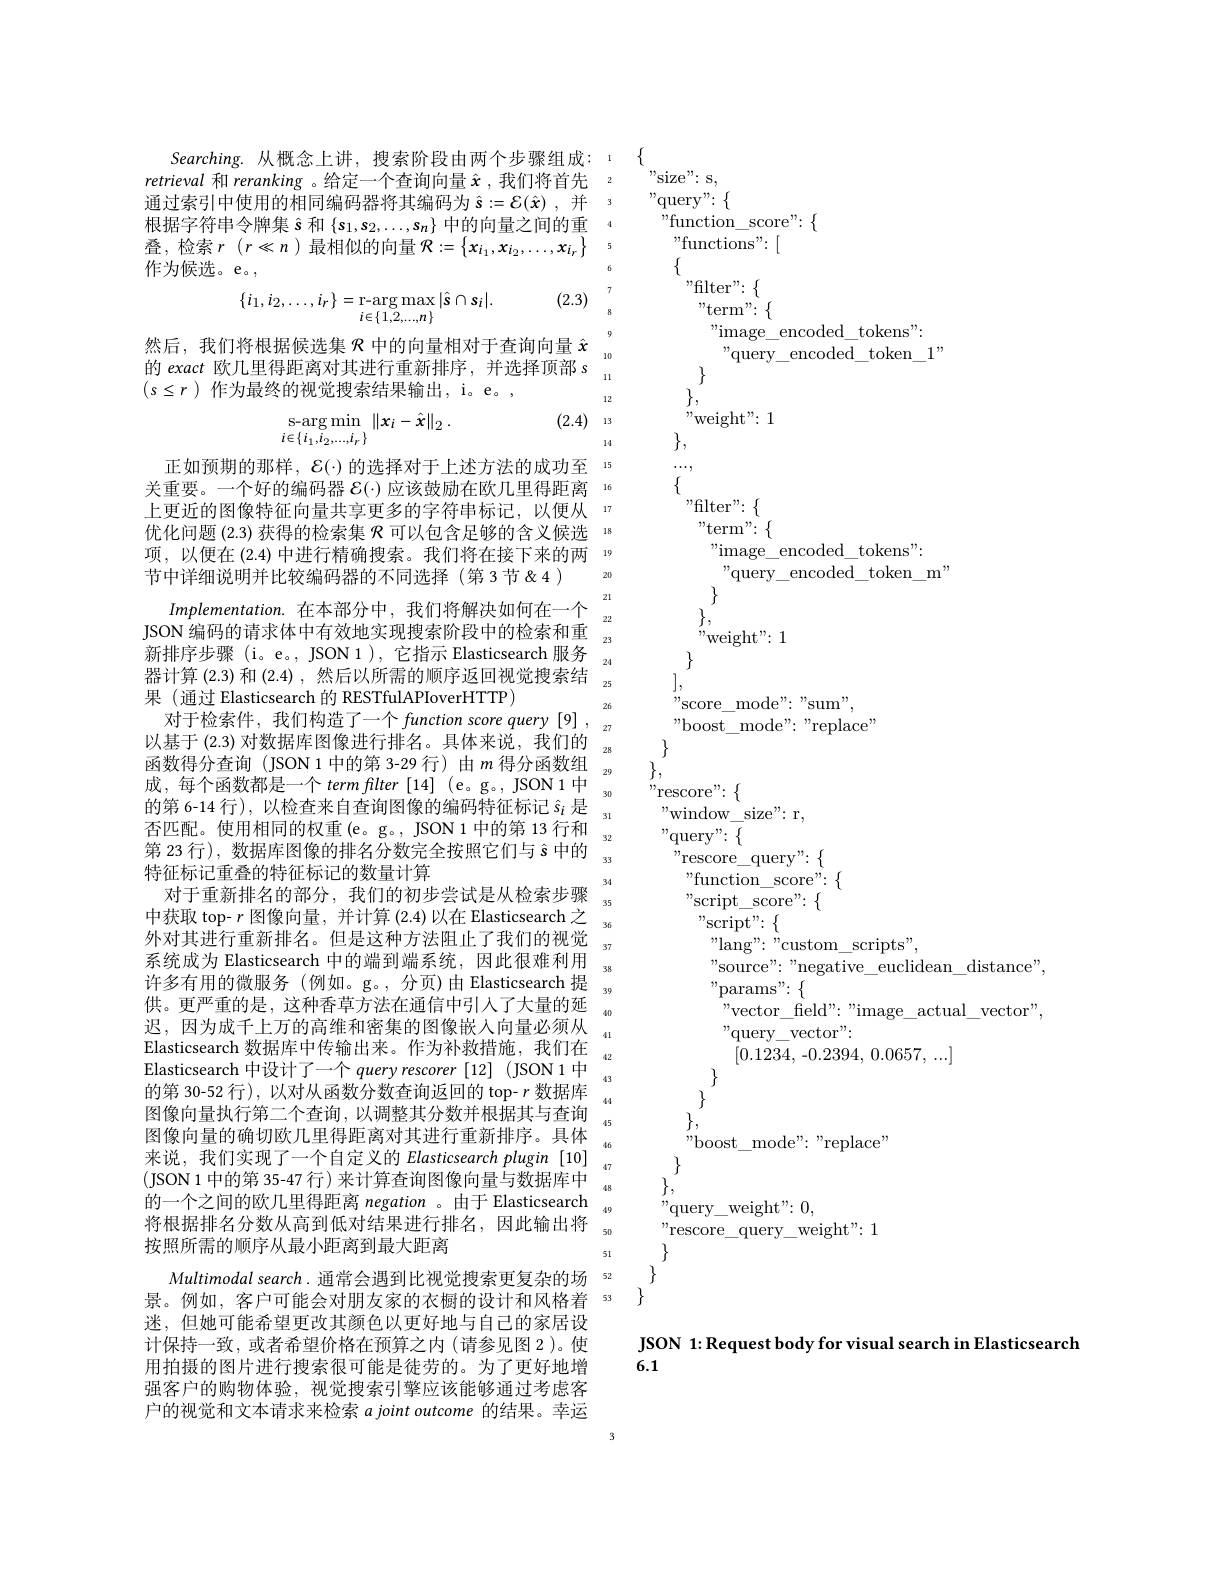
Searching. 从概念上讲，搜索阶段由两个步骤组成：1 retrieval和 reranking 。给定一个查询向量$\hat{x}$ ,我们将首先 2通过索引中使用的相同编码器将其编码为$\hat{s} : = \mathcal{E} ( \hat{x} )$ ,并根据字符串令牌集$\hat{s}$和$\{s_1,s_2,\ldots,s_n\}$中的向量之间的重根据字符串令牌集$\hat{s}$和$\{s_1,s_2,\ldots,s_n\}$中的向量之间的重叠，检索$r$($r\ll n$)最相似的向量$\mathcal{R}:=\left\{x_i_1,x_{i_2},\ldots,x_{i_r}\right\}$5作为候选。e。

(2.3)
$$\{i_{1},i_{2},\ldots,i_{r}\}=\underset{i\in\{1,2,\ldots,n\}}{\mathrm{r-arg}\operatorname*{max}}|\hat{s}\cap s_{i}|.$$
然后，我们将根据候选集$\mathcal{R}$中的向量相对于查询向量$\hat{x}$
的 exact 欧几里得距离对其进行重新排序，并选择顶部 s "
$(s\leq r)$作为最终的视觉搜索结果输出，i。e。,

(2.4) 13
$$\begin{array}{c}\mathrm{s-arg}\min\\i\in\{i_1,i_2,...,i_r\}\end{array}\|x_i-\hat{x}\|_2\:.$$
正如预期的那样，$\mathcal{E}(\cdot)$的选择对于上述方法的成功至 15关重要。一个好的编码器$\mathcal{E}(\cdot)$应该鼓励在欧几里得距离 16上更近的图像特征向量共享更多的字符串标记，以便从 17优化问题 (2.3) 获得的检索集$\mathcal{R}$可以包含足够的含义候选 18项，以便在(2.4)中进行精确搜索。我们将在接下来的两 19节中详细说明并比较编码器的不同选择(第3节&4)
Implementation.在本部分中，我们将解决如何在一个
JSON 编码的请求体中有效地实现搜索阶段中的检索和重$_{23}$ 新排序步骤 (i。e。, JSON1),它指示 Elasticsearch 服务$_{24}$ 器计算 (2.3) 和 (2.4) ,然后以所需的顺序返回视觉搜索结$_{25}$ 果 (通过 Elasticsearch 的 RESTfulAPIoverHTTP)
以基于(2.3)对数据库图像进行排名。具体来说，我们的$_{28}$ 函数得分查询(JSON1中的第 3-29 行)由$m$ 得分函数组$_{29}^{20}$ 成，每个函数都是一个 term flter [14] (e。g。, JSON 1中
的 第 6- 14 行 ) , 以 检 查 来 自 查 询 图 像 的 编 码 特 征 标 记 $\hat{s} _{i}$ 是 否 匹 配 。使 用 相 同 的 权 重 ( e。g。, JSON 1 中 的 第 13 行 和 22
第 23 行), 数据库图像的排名分数完全按照它们与$\hat{s}$中的
特征标记重叠的特征标记的数量计算
对于重新排名的部分，我们的初步尝试是从检索步骤中获取 top- $r$图像向量，并计算 (2.4)以在 Elasticsearch 之外对其进行重新排名。但是这种方法阻止了我们的视觉系统成为 Elasticsearch 中的端到端系统，因此很难利用许多有用的微服务(例如。g。,分页)由Elasticsearch 提
供。更严重的是，这种香草方法在通信中引人了大量的延迟，因为成千上万的高维和密集的图像嵌入向量必须从Elasticsearch 数据库中传输出来。作为补救措施，我们在Elasticsearch 中设计了一个$q$uery rescorer [12] (JSON 1 中的第 30-52 行), 以对从函数分数查询返回的 top- $r$数据库图像向量执行第二个查询，以调整其分数并根据其与查询图像向量的确切欧几里得距离对其进行重新排序。具体来说，我们实现了一个自定义的 Elasticsearch plugin [10]
(JSON 1 中的第 35-47 行) 来计算查询图像向量与数据库中
的一个之间的欧几里得距离 negation 。由于 Elasticsearch $_{49}$
将根据排名分数从高到低对结果进行排名，因此输出将
按照所需的顺序从最小距离到最大距离
Multimodal search. 通常会遇到比视觉搜索更复杂的场 52景。例如，客户可能会对朋友家的衣橱的设计和风格着 53迷，但她可能希望更改其颜色以更好地与自己的家居设计保持一致，或者希望价格在预算之内(请参见图 2)。使用拍摄的图片进行搜索很可能是徒劳的。为了更好地增强客户的购物体验，视觉搜索引擎应该能够通过考虑客户的视觉和文本请求来检索ajointoutcome的结果。幸运

$\{$
$"_{\mathrm{size":s,}}$ " query" : $\{$ " function$\_$score" : $\{$
" functions" : [
$\{$
" filter" : $\{$ " term" : $\{$ " image$\_$encoded$\_$tokens" :
10
" query$\_$encoded$\_$token$\_$1"
$\}$ $\}$,
12
$,,_{\mathrm{Weight":~1}}$
$\}$,
14
$\cdots$, $\{$ " filter" : $\{$ " term" : $\{$ "image\_encoded\_tokens":
" query$\_$encoded$\_$token$\_$m"
20
$\}$,
22
,,weight":1
 ], $,_{\mathrm{score\_mode":~"sum",}}$
" boost$\_$mode" : " replace"
$\}$ $\}$, ,,rescore"$:\{$
30
" window$\_$size" : r,
" query" : $\{$
$,"$rescore\_query":$\{$
" function$\_$score" : $\{$
34
" script$\_$score" : $\{$
$\mathrm{,"}_{\mathrm{Script":~}}\{$
" lang" : " custom$\_$scripts" ,
source": "negative\_ euclidean\_distance",
" params" : $\{$
" vector$\_$feld" : " image$\_$actual$\_$vector" ,
" query$\_$vector" :
[0.1234, -0.2394, 0.0657, ...]
$\{$ $\}$, " boost$\_$mode" : " replace"
$\}$,
48
" query$\_$weight" : 0,
$5C$
"rescore\_query\_weight":1
JSON 1: Request body for visual search in Elasticsearch
6.1